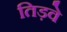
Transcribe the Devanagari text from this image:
तिड़वे